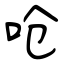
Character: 呛